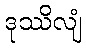
ဒုဿိလျံ